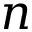
n